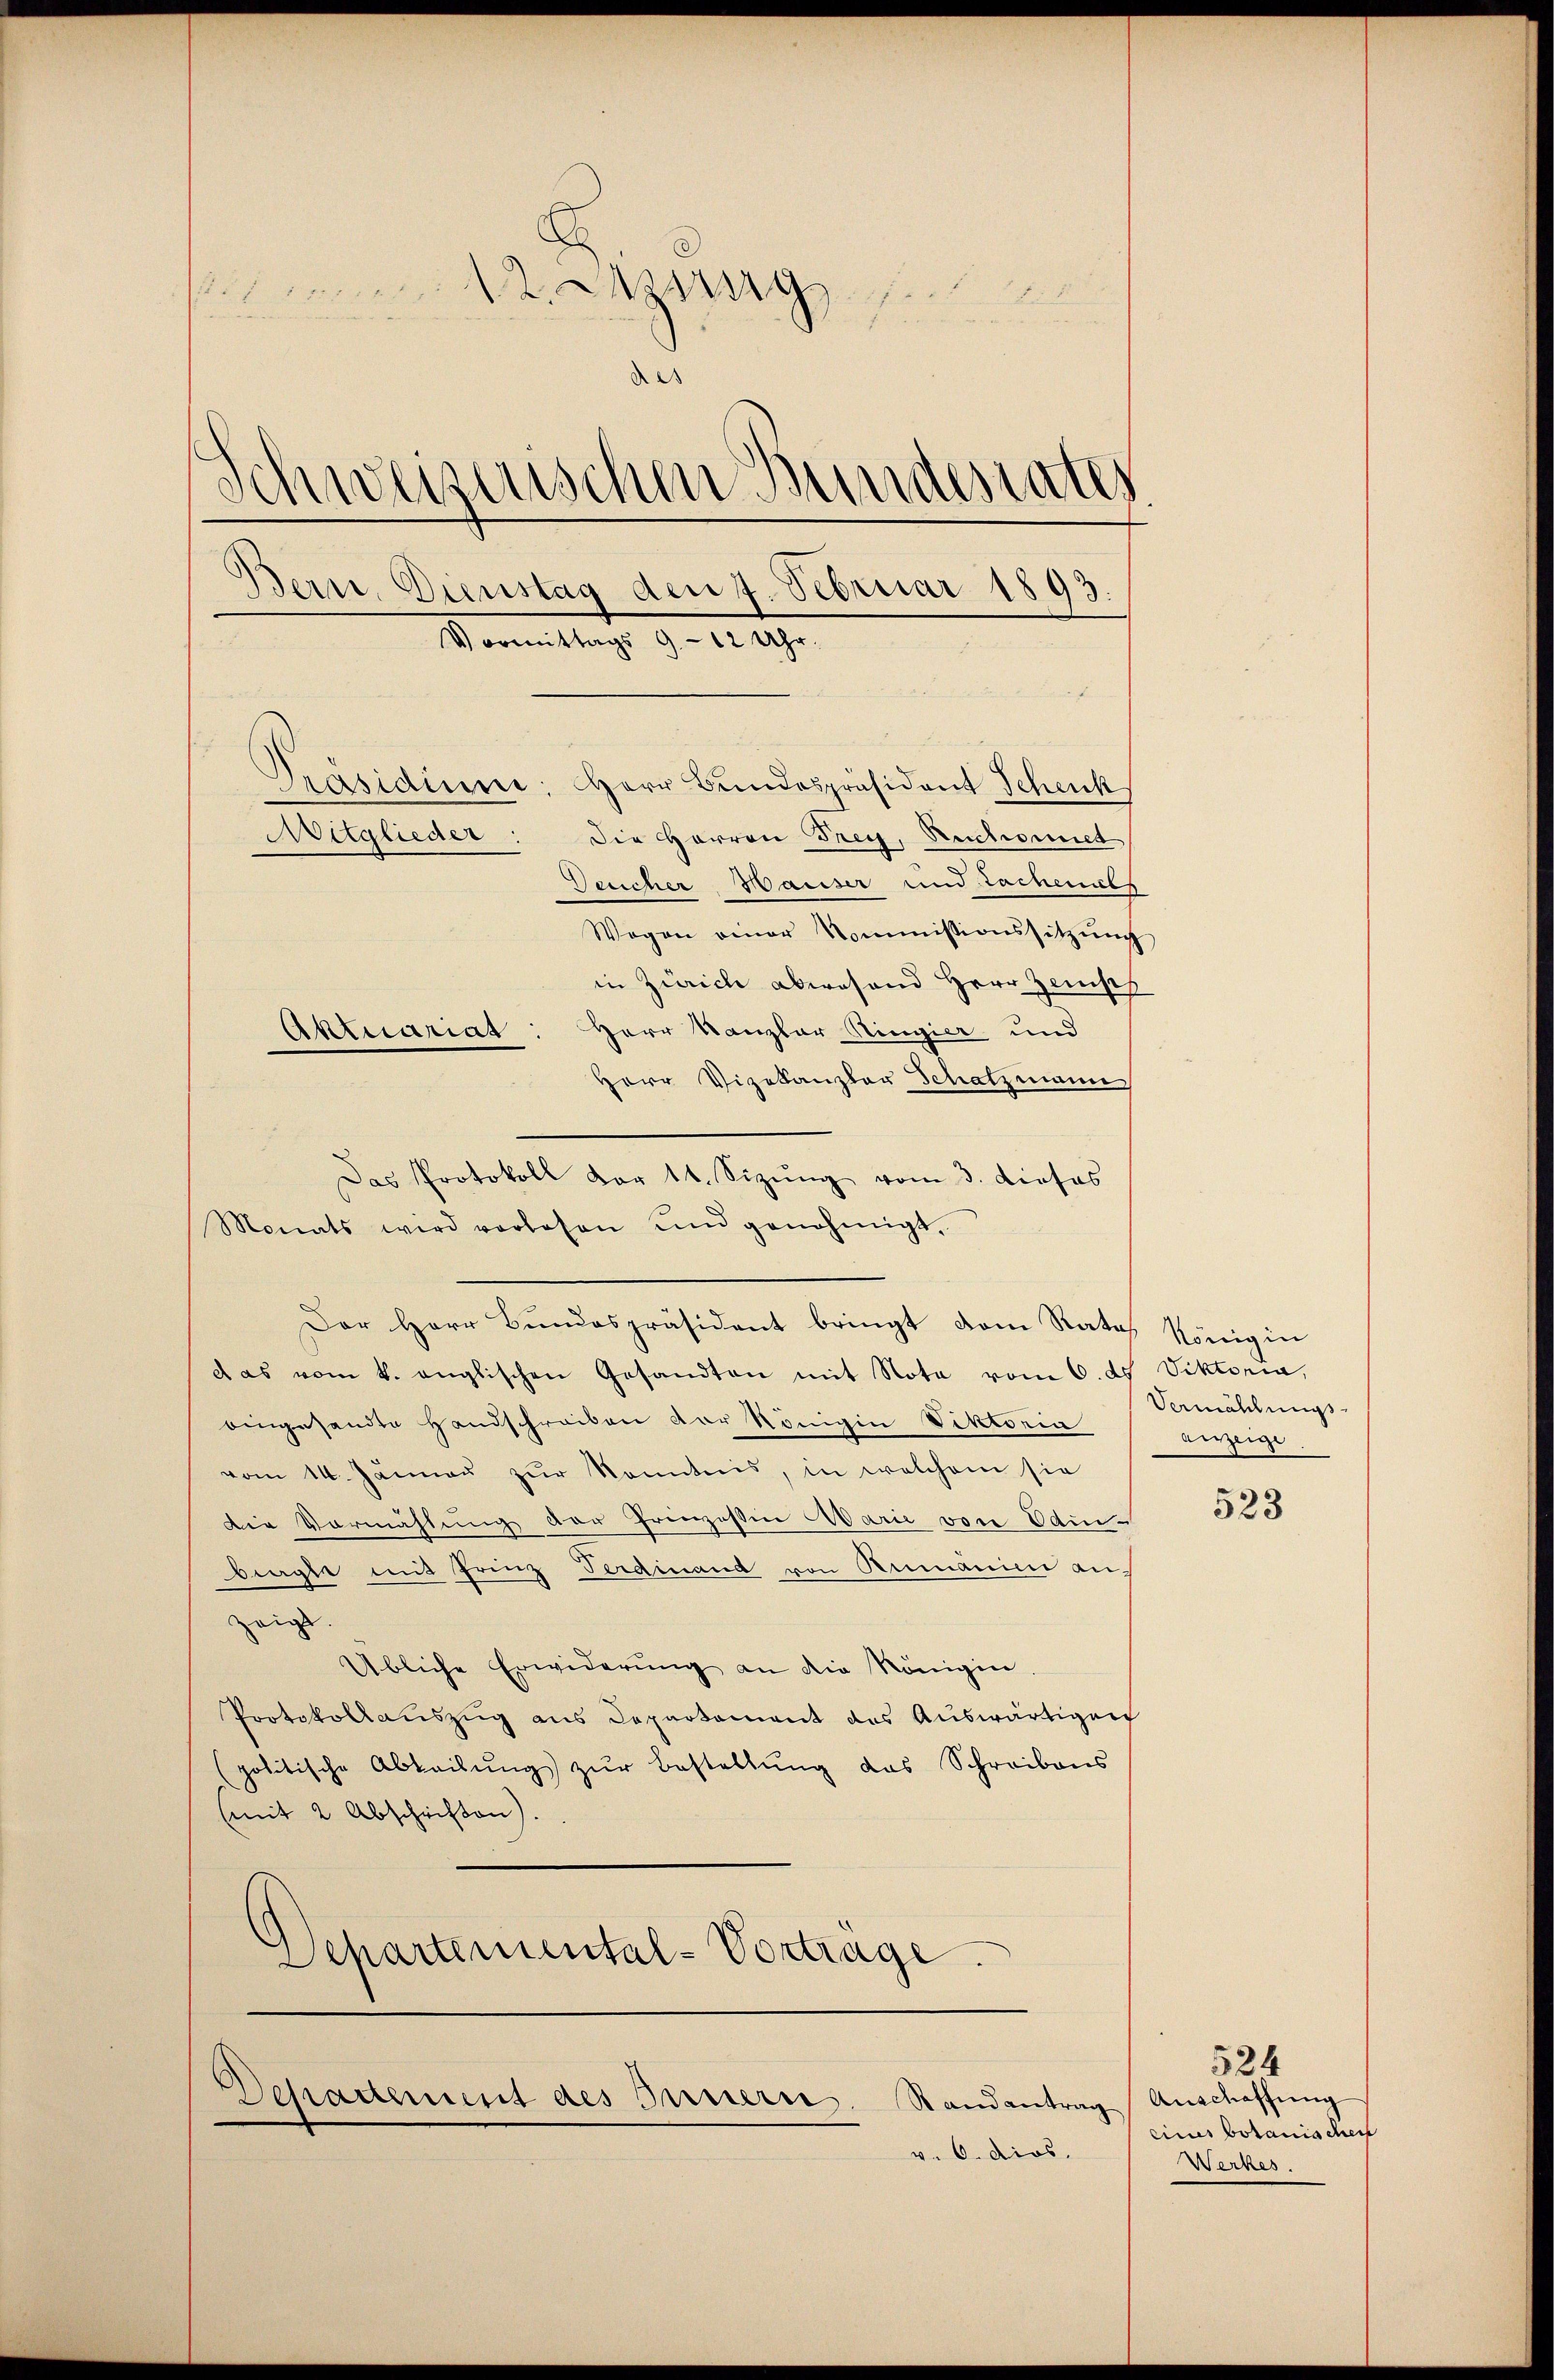
sich am 12. Marig
e
Schweizerischen Bundesrates
Bern. Dienstag den 7. Februar 1893.
Vormittags 9 - 12 Uhr.
Präsidium: Herr Bundespräsident Schenk
Mitglieder: die Herren Frey, Ruchioriet
Dercher Mariser und Lachenabs
Wogen einer Kommissionssitzŭng
in Zürich abwesend Herr Zenisch
Herr Kanzler Ringier und
Aktuarias

das vom 4. englischen Gesandten mit Nota vom 6. ds Viktoria,
eingesandte Handschreiben der Königin Viktoria
vom 14. Jännaŭ zŭr Kenntnis, in welchem sie
Die Vormählung der Prinzessin Marie von Edinbeagte mit Frinz Ferdinand von Rumanier an-
zeigt.
Übliche Erwiderŭng an die Königin.
Protokollauszug aus Departament des Auswärtigen
(politische Abbailŭng zŭr Bestellŭng das Schreibens
(mit 2 Abschriften).
Departemental-Vortrage

Herr Vizekanzler Schatzmann
Das Protokoll dar 11. Sizŭng vom 3. dieses
Monats wird verlesen und genehmigt.

Der Herr Bundespräsident bringt dem Rates Königin

Departement des Innern. Randantrag, Anschaffung
v. 6. dios.

Vermählungs-
anzeige

523

eines botanischen
Werkes.

524